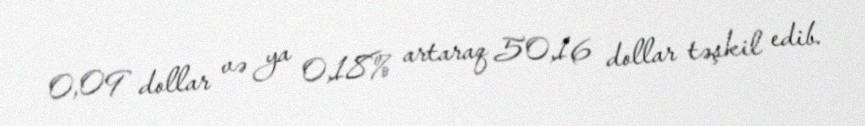
0,09 dollar və ya 0,18% artaraq 50,16 dollar təşkil edib.